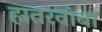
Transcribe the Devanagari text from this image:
हातरवांबा